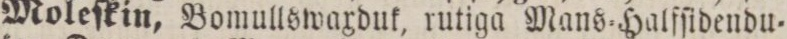
Moleſkin, Bomullswaxduk, rutiga Mans=Halſſidendu=